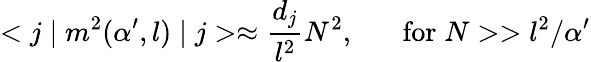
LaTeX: <j\mid m^{2}(\alpha^{\prime},l)\mid j>\approx\frac{d_{j}}{l^{2}}N^{2},\; \; \; \; \; \; \mathrm{for}\; N>>l^{2}/\alpha^{\prime}